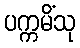
ပက္ကမိံသု